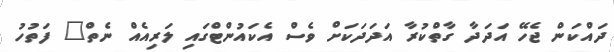
ދައްކަން ޖެހޭ އަދަދާ ގާތްކުރާ އަދަދަކަށް ވެސް އެކައުންޓްގައި ލަރިއެއް ނެތް" ފަތުހު